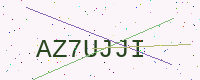
Text: AZ7UJJI